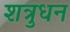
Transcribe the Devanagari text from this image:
शत्रुधन